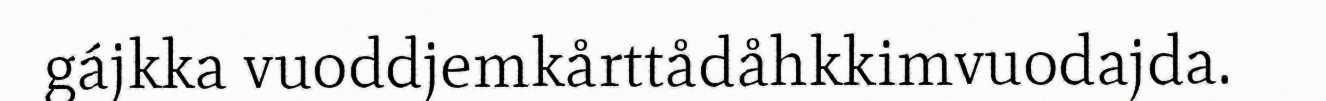
gájkka vuoddjemkårttådåhkkimvuodajda.